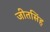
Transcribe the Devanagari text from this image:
जीतसिंह